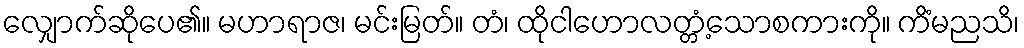
လျှောက်ဆိုပေ၏။ မဟာရာဇ၊ မင်းမြတ်။ တံ၊ ထိုငါဟောလတ္တံ့သောစကားကို။ ကိံမညသိ၊